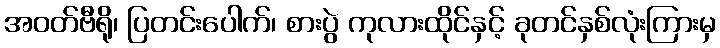
အဝတ်ဗီရို၊ ပြတင်းပေါက်၊ စားပွဲ ကုလားထိုင်နှင့် ခုတင်နှစ်လုံးကြားမှ